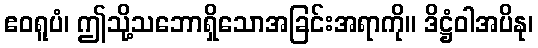
ဧဝရူပံ၊ ဤသို့သဘောရှိသောအခြင်းအရာကို။ ဒိဋ္ဌံဝါအပိနု၊